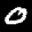
Label: 0